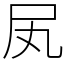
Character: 㞍